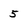
Character: 5